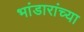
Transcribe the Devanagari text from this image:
भांडारांच्या